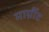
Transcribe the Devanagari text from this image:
मार्ग्रीट